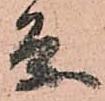
条